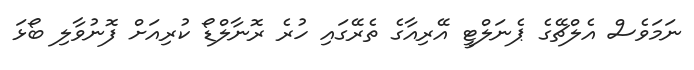
ނަމަވެސް އެލްޗޭގެ ޕެނަލްޓީ އޭރިއާގެ ތެރޭގައި ހުރެ ރޮނާލްޑޯ ކުރިއަށް ފޮނުވާލި ބޯޅަ